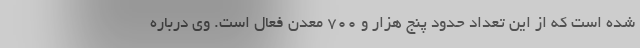
شده است که از این تعداد حدود پنج هزار و ۷۰۰ معدن فعال است. وی درباره